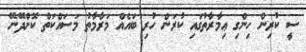
ސީ ކުރިން ހިންގި ޢިމާރާތުގައި ކުރަން ހުރި ބައެއް މަރާމާތު މަސައްކަތް ކޮށްދޭނޭ